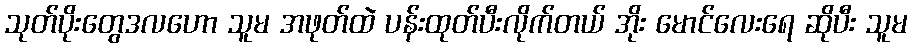
သုတ်ပိုးတွေဒလဟော သူမ အဖုတ်ထဲ ပန်းထုတ်ပီးလိုက်တယ် အိုး မောင်လေးရေ ဆိုပီး သူမ